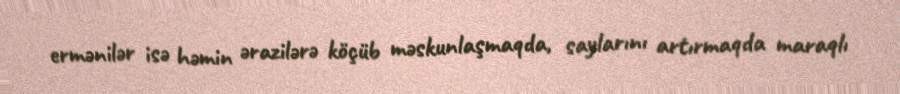
ermənilər isə həmin ərazilərə köçüb məskunlaşmaqda, saylarını artırmaqda maraqlı